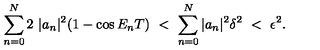
\sum _ { n = 0 } ^ { N } 2 \ | a _ { n } | ^ { 2 } ( 1 - \cos E _ { n } T ) \ < \ \sum _ { n = 0 } ^ { N } | a _ { n } | ^ { 2 } \delta ^ { 2 } \ < \ \epsilon ^ { 2 } .